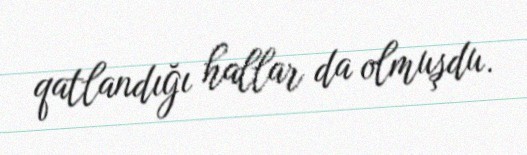
qatlandığı hallar da olmuşdu.